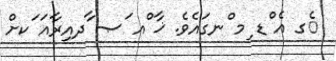
ެގ އެ ްޑ ިމ ްނގައެވެ. ޚާ ްއ ަޞ ާދއިރާއަ ަކށް